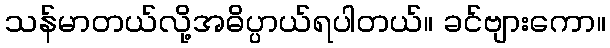
သန်မာတယ်လို့အဓိပ္ပာယ်ရပါတယ်။ ခင်ဗျားကော။